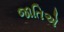
જાતિએ